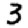
Digit: 3